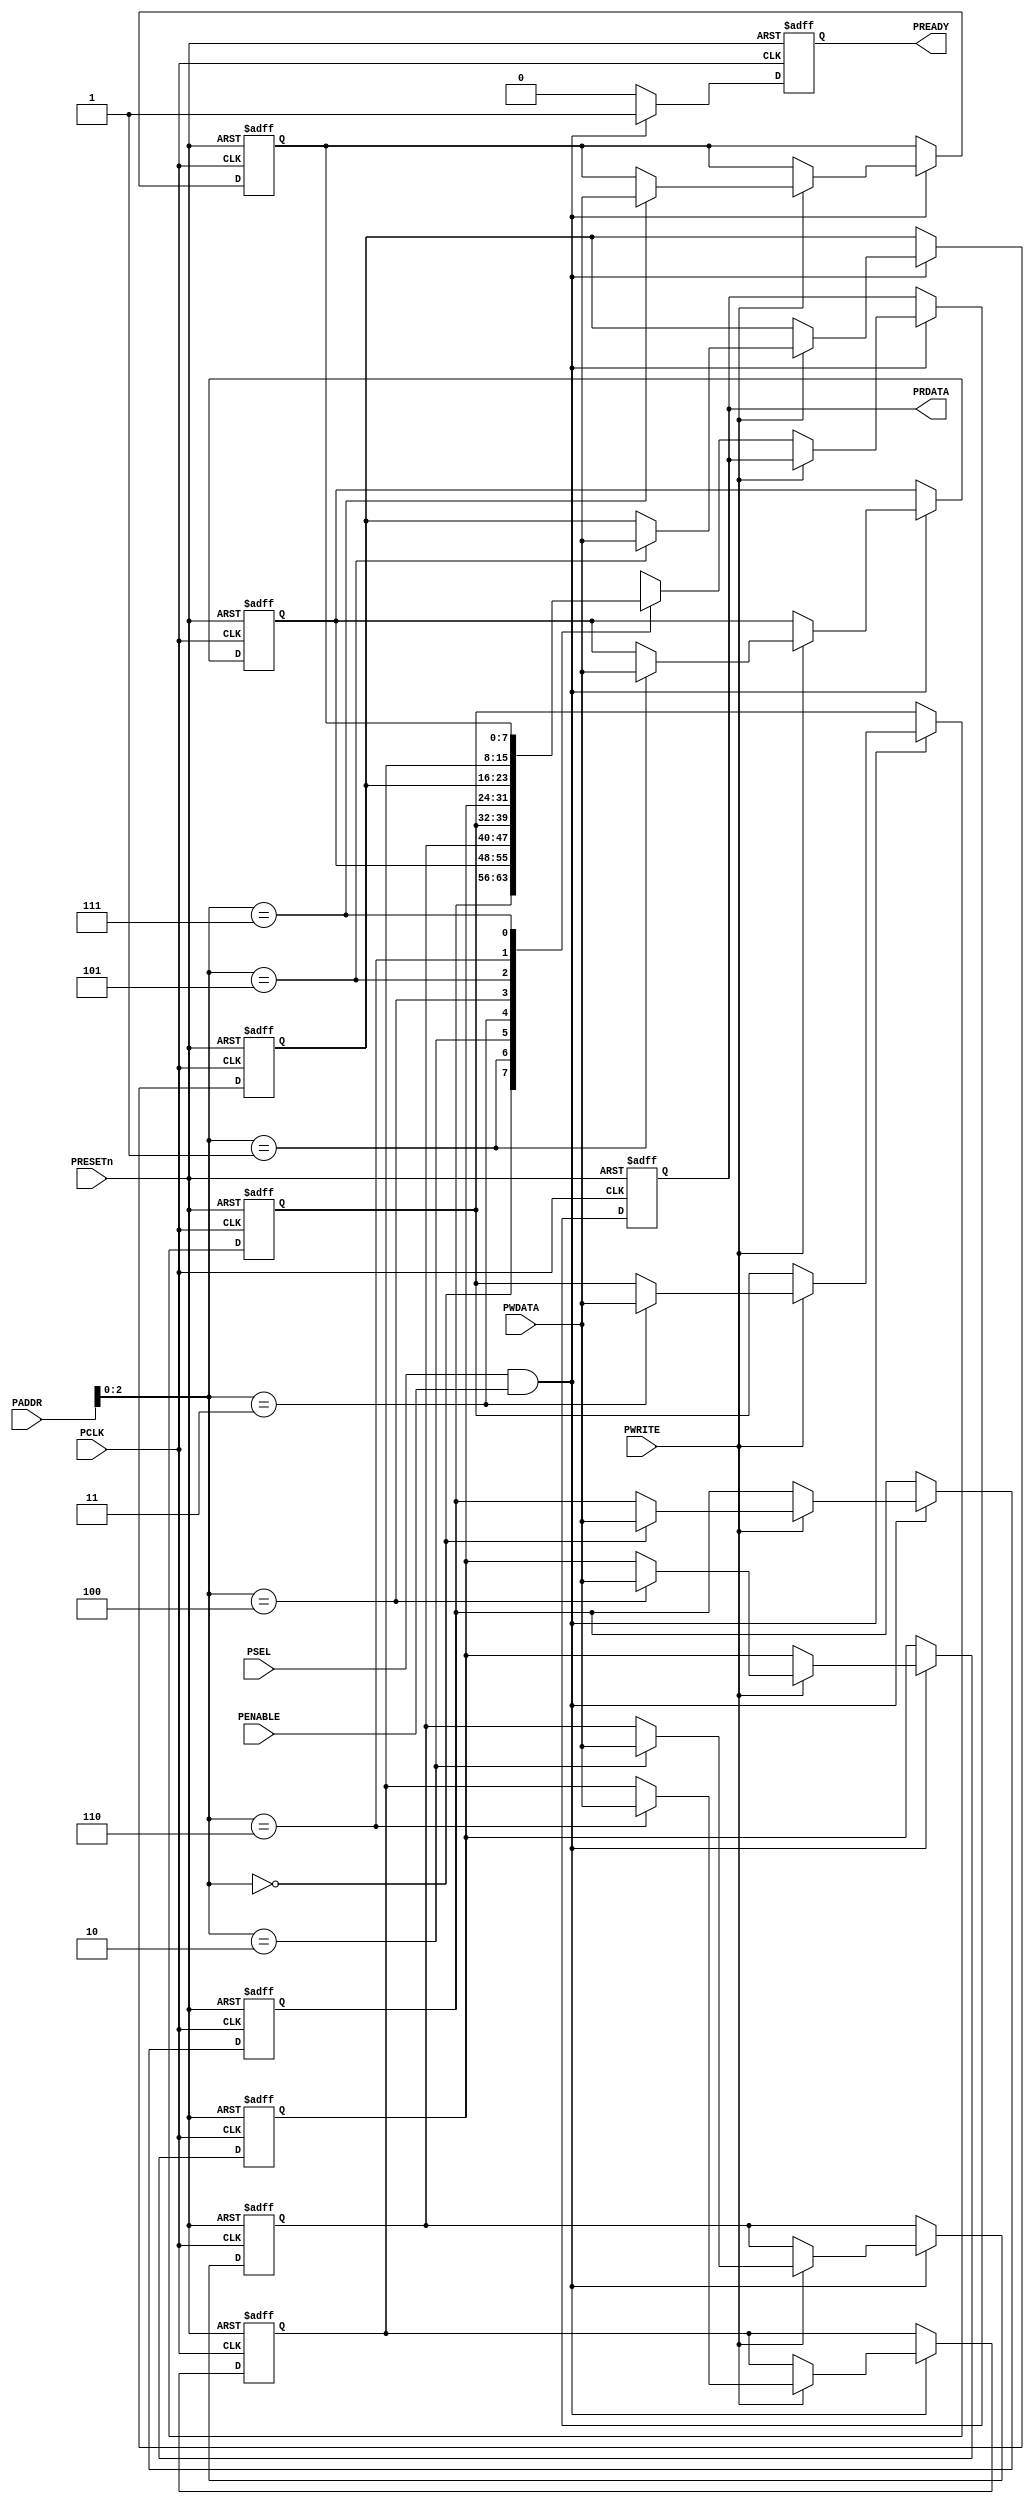
module APB_Master (
    input wire PCLK,
    input wire PRESETn,
    input wire PSEL,
    input wire PENABLE,
    input wire PWRITE,
    input wire [7:0] PADDR,
    input wire [7:0] PWDATA,
    output reg [7:0] PRDATA,
    output reg PREADY
);
    reg [7:0] registers [7:0]; // 8 registers of 8-bit each
    always @(posedge PCLK or negedge PRESETn) begin
        if (!PRESETn) begin
            PREADY <= 0;
            PRDATA <= 8'b0;
            registers[0] <= 8'b0;
            registers[1] <= 8'b0;
            registers[2] <= 8'b0;
            registers[3] <= 8'b0;
            registers[4] <= 8'b0;
            registers[5] <= 8'b0;
            registers[6] <= 8'b0;
            registers[7] <= 8'b0;
        end else if (PSEL && PENABLE) begin
            PREADY <= 1; // PREADY is asserted when PENABLE is asserted
            if (PWRITE) begin
                registers[PADDR] <= PWDATA; // Write to register
            end else begin
                PRDATA <= registers[PADDR]; // Read from register
            end
        end else begin
            PREADY <= 0;
        end
    end
endmodule